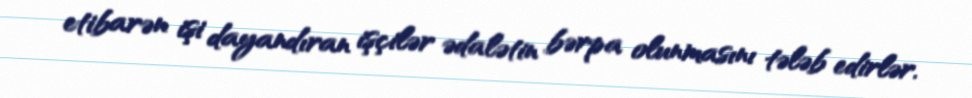
etibarən işi dayandıran işçilər ədalətin bərpa olunmasını tələb edirlər.